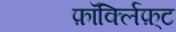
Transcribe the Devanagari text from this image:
फ़ॉर्क्लिफ़्ट